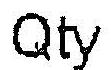
QTY